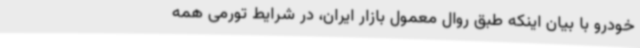
خودرو با بیان اینکه طبق روال معمول بازار ایران، در شرایط تورمی همه